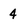
Character: 4